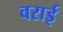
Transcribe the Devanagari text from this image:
वराई